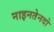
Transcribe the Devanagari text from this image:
नाइनतेनदो